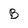
Character: B